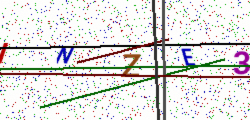
Text: INZE3